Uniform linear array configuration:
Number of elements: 12
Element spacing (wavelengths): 1
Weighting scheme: cosine
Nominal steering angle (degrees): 60
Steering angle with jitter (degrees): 60.727
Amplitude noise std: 0.05
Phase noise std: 0.05

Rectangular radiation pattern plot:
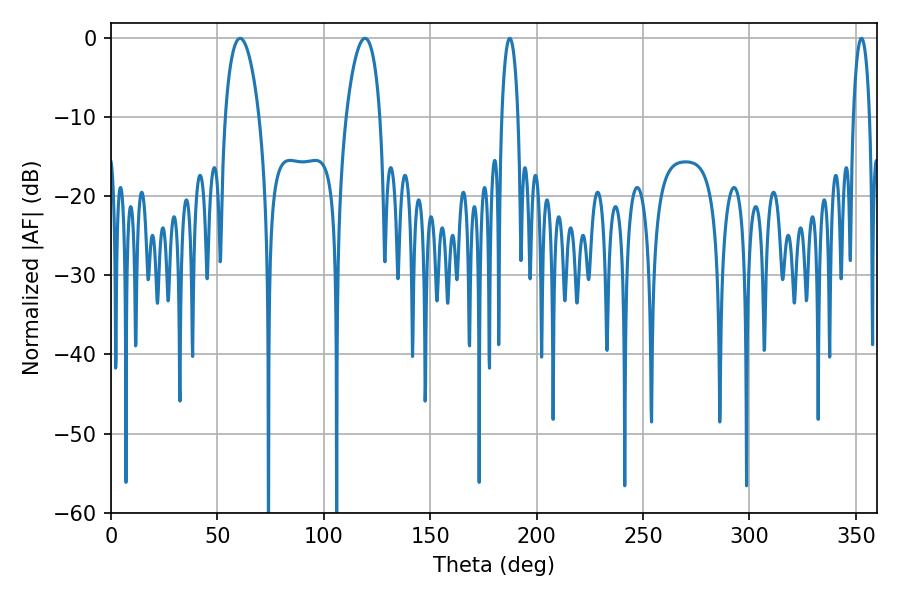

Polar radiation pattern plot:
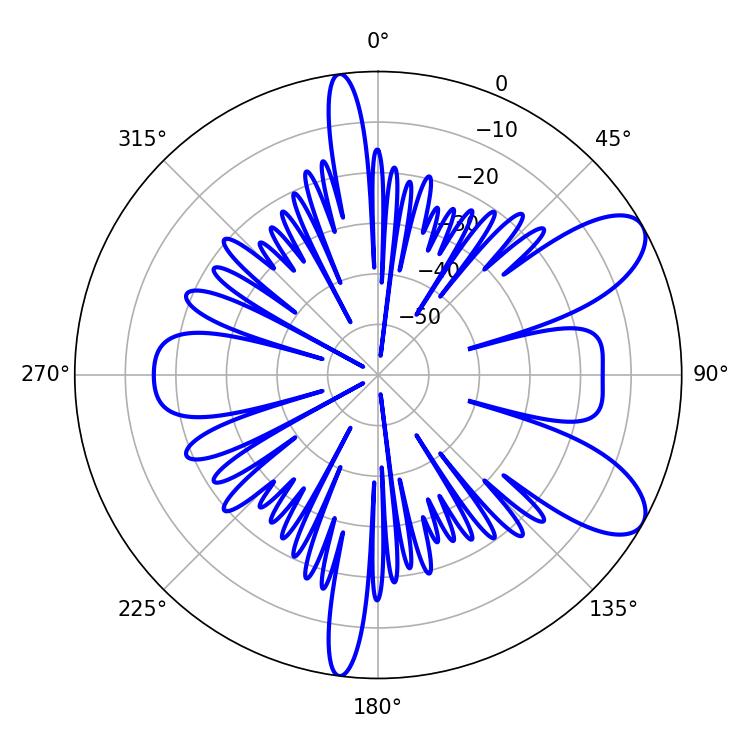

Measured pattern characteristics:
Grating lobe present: TRUE
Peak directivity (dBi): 8.699
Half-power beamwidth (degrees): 9
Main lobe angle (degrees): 60.66